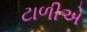
ટાળીએ